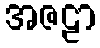
အဇဠာ